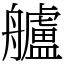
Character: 艫